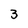
Character: 3